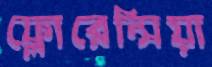
ফ্লোরেন্সিয়া